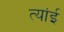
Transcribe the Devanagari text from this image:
त्यांई